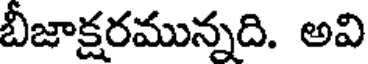
బీజాక్షరమున్నది. అవి